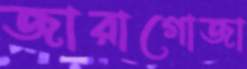
জারাগোজা